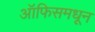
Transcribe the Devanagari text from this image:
ऑफिसमधून